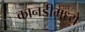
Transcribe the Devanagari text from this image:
कानडीमध्ये